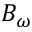
B _ { \omega }